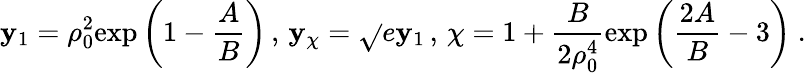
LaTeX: \mathbf{y}_{1}=\rho_{0}^{2}\mathrm{{exp}}\left(1-{\frac{{A}}{{B}}}\right)\, ,\, \mathbf{y}_{\chi}=\sqrt{}{{e}}\mathbf{y}_{1}\, ,\, \chi=1+{\frac{{B}}{{2\rho_{0}^{4}}}}\mathrm{{exp}}\left({\frac{{2A}}{{B}}}-3\right)~.